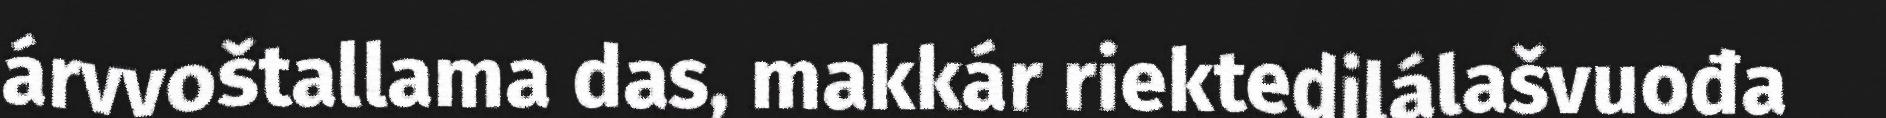
árvvoštallama das, makkár riektedilálašvuođa